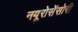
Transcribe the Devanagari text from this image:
नयूरोसेंसोरी